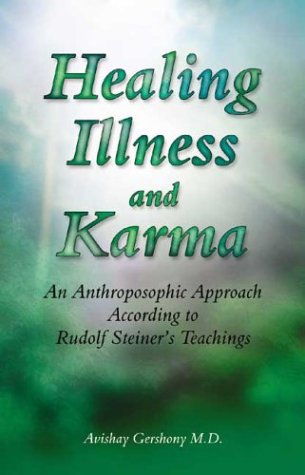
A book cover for Healing Illness and Karma: An Anthroposophic Approach According to Rudolf Steiner's Teachings; Avishay Gershony MD; Religion & Spirituality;